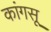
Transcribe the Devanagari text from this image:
कांगसू